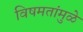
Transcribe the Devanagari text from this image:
विषमतांमुळे